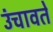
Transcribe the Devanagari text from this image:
उंचावते